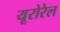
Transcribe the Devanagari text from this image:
यूरोरेल